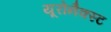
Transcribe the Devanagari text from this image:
यूरोनैक्स्ट